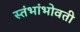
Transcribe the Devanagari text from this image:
स्तंभांभोवती